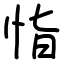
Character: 恉